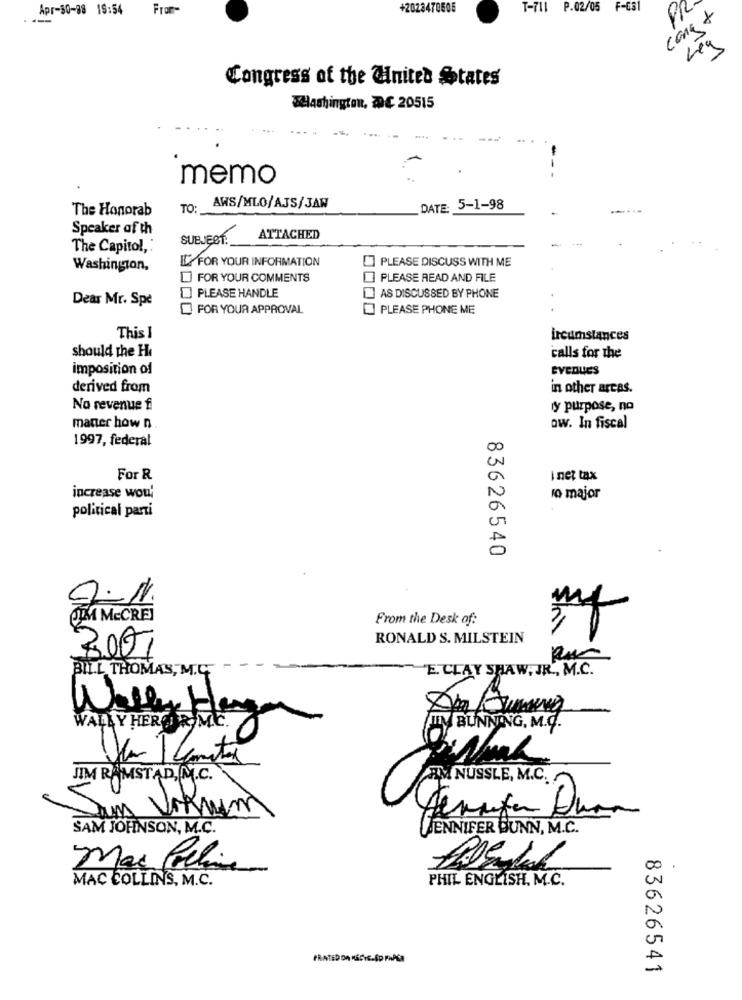
Apr-30-88 18:54
From-
+2023470506
T-711 P.02/05 F-631
PR
cane +
Leg
Congress of the United States
SHashington, DC 20515
memo
The Honorab
TO:
AWS/MLO/AJS/JAW
DATE: 5-1-98
Speaker of th
1
SUBJECT:
ATTACHED
The Capitol,
IL FOR YOUR INFORMATION
PLEASE DISCUSS WITH ME
Washington,
FOR YOUR COMMENTS
PLEASE READ AND FILE
Dear Mr. Spe
PLEASE HANDLE
AS DISCUSSED BY PHONE
FOR YOUR APPROVAL
PLEASE PHONE ME
This I
ircumstances
should the H
calls for the
imposition of
EVEDuES
derived from
in other areas.
No revenue f
ly purpose, no
maner how n
ow. In fiscal
1997, federal
00
For R
I net tax
increase wou'
ro major
political parti
0
83626540
mf
QIM McCRE
From the Desk of:
RONALD S. MILSTEIN
300,
BILL THOMAS, M.C.
E. CLAY SHAW, JR ., M.C.
Weller Hagen
WALLY HERGIR. M.E.
TI BUNNING. M.G.
JIM RAMSTAD, M.C.
AM NUSSLE, M.C.
Vikram
Grata Duar
SAM JOHNSON, M.C.
JENNIFER BUNN, M.C.
Mar Preli
MAC COLLINS, M.C.
PHIL ENGLISH. M.C.
PRATEDON RECYCLED PHASE
83626541